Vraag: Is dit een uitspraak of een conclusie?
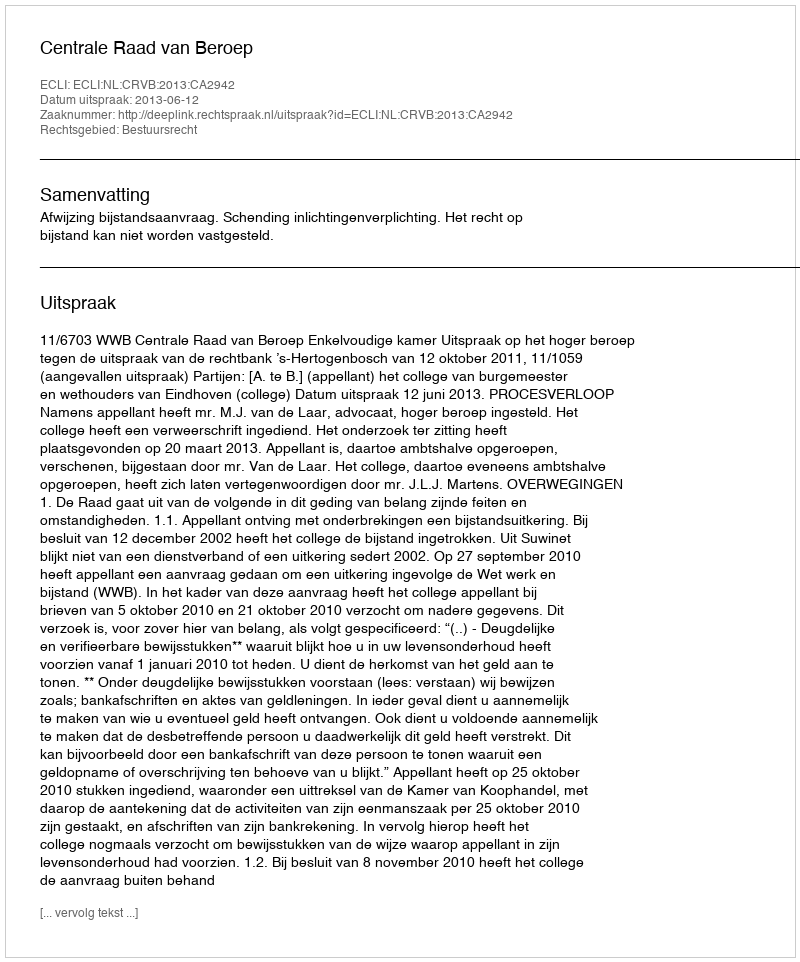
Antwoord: Uitspraak